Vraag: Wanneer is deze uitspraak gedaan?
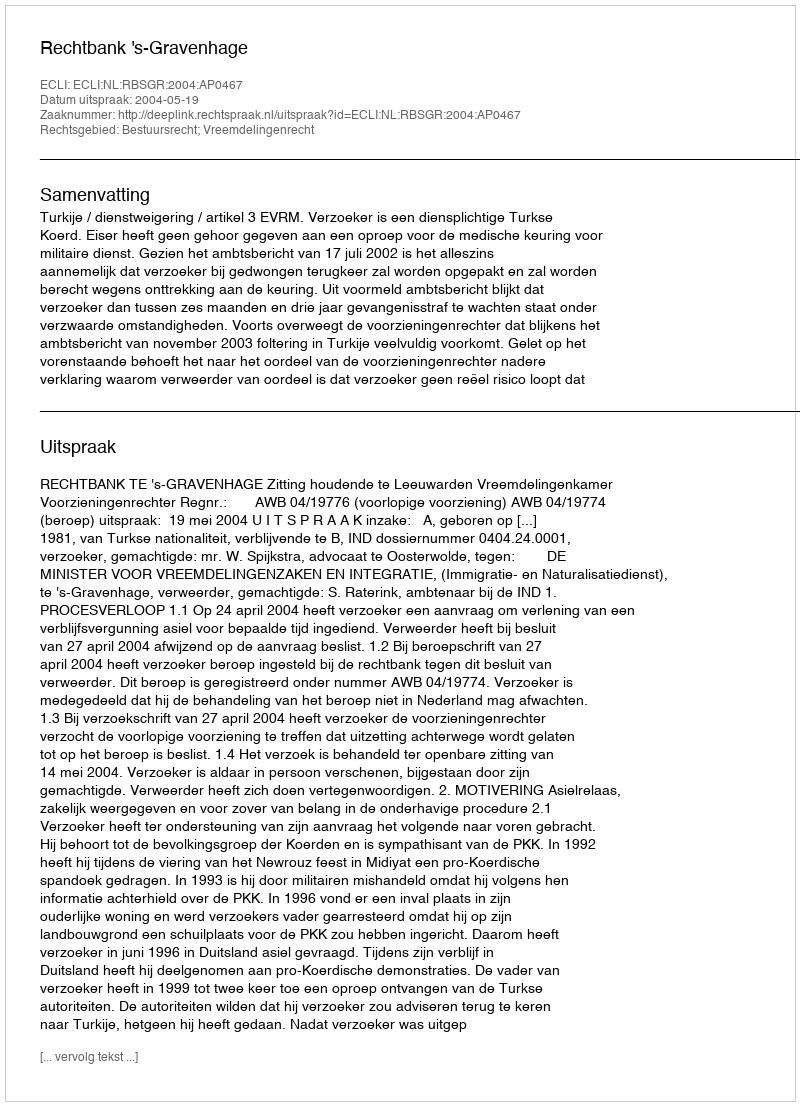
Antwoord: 2004-05-19